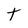
Character: t